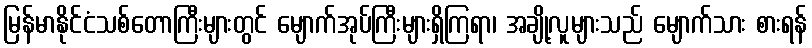
မြန်မာနိုင်ငံသစ်တောကြီးများတွင် မျောက်အုပ်ကြီးများရှိကြရာ၊ အချို့လူများသည် မျောက်သား စားရန်